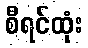
စီရင်ထုံး